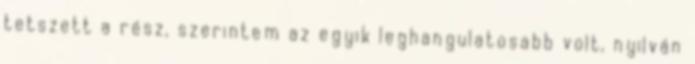
tetszett a rész, szerintem az egyik leghangulatosabb volt, nyilván